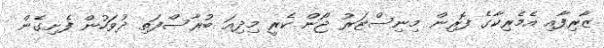
ޒާރިފާއި އެމެރިކާގެ ފޮރިން މިނިސްޓަރު ޖޯން ކެރީ މިދިއަ ބުރާސްފަތި ދުވަހުން ފެށިގެން